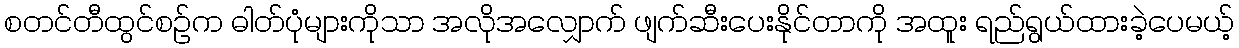
စတင်တီထွင်စဉ်က ဓါတ်ပုံများကိုသာ အလိုအလျှောက် ဖျက်ဆီးပေးနိုင်တာကို အထူး ရည်ရွယ်ထားခဲ့ပေမယ့်